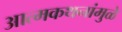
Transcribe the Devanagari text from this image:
आत्मकथनांमुळे